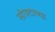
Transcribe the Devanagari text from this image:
सोपटाच्या